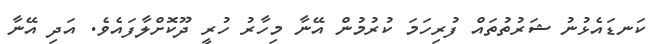
ކަނޑައެޅުނު ޝަރުތުތައް ފުރިހަމަ ކުރުމުން އޭނާ މިހާރު ހުރީ ދޫކޮށްލާފައެވެ. އަދި އޭނާ